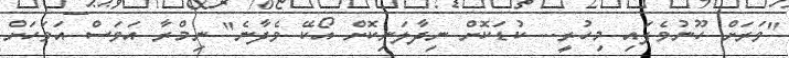
"ވަރަށް ހޫނުވެފައި މިހުރީ... ކުޑަކޮށް ނިދާލަނިކޮށް އޯކޭ ވެދާނެ" ނިމްރާ އަވަސް އަވަހަށް